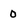
Character: o